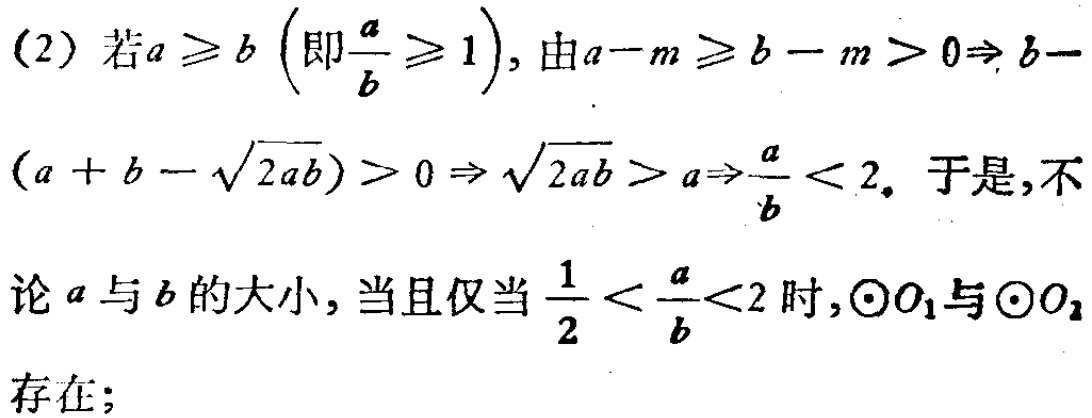
(2) 若\(a \geq b \left(\text{即}\frac{a}{b} \geq 1\right)\), 由\(a - m \geq b - m > 0\Rightarrow b-(a + b - \sqrt{2ab}) > 0 \Rightarrow \sqrt{2ab} > a\Rightarrow\frac{a}{b} < 2\). 于是, 不论\(a\)与\(b\)的大小, 当且仅当\(\frac{1}{2} < \frac{a}{b}<2\)时,\(\odot O_1\)与\(\odot O_2\)存在;